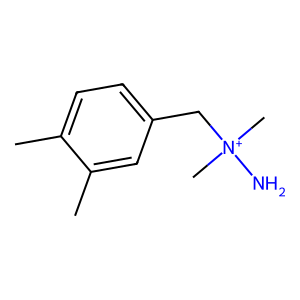
SMILES: Cc1ccc(C[N+](C)(C)N)cc1C
Inhibits HIV replication: No